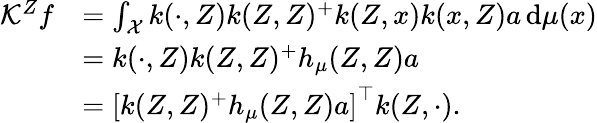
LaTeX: \begin{array}{rl}{\mathcal{K}^{Z}f}&{=\int_{\mathcal{X}}k(\cdot,Z)k(Z,Z)^{+}k(Z,x)k(x,Z)a\, \mathrm{d}\mu(x)}\\ &{=k(\cdot,Z)k(Z,Z)^{+}h_{\mu}(Z,Z)a}\\ &{=\left[k(Z,Z)^{+}h_{\mu}(Z,Z)a\right]^{\top}k(Z,\cdot).}\end{array}